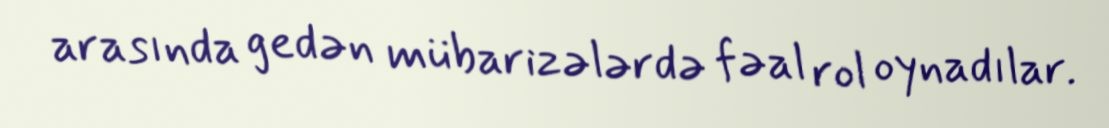
arasında gedən mübarizələrdə fəal rol oynadılar.